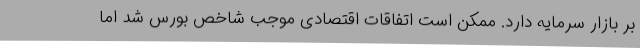
بر بازار سرمایه دارد. ممکن است اتفاقات اقتصادی موجب شاخص بورس شد اما